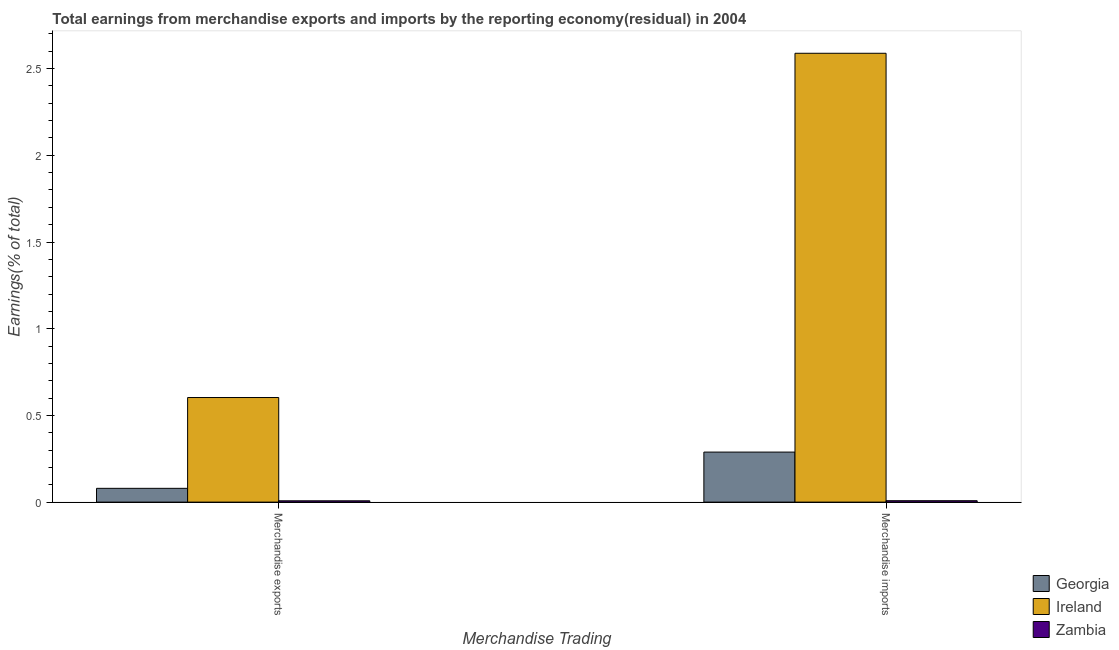
| Merchandise Trading | Georgia | Ireland | Zambia |
 | --- | --- | --- | --- |
 | Merchandise exports | 0.0795 | 0.603 | 0.0076 |
 | Merchandise imports | 0.289 | 2.59 | 0.00812 |